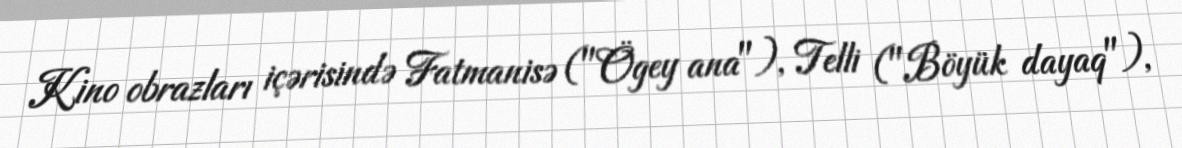
Kino obrazları içərisində Fatmanisə ("Ögey ana"), Telli ("Böyük dayaq"),